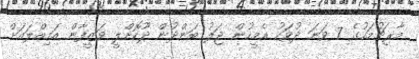
މާރިޗުމަހުގެ 7 ވަނަ ދުވަހު އެމީހުން ޖަލު ބަންދުން ދޫކޮށްލީ ވަޒީފާން އަމިއްލައަށް